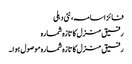
فائز اسامہ، نئی دہلی
رفیق منزل کا تازہ شمارہ
رفیق منزل کا تازہ شمارہ موصول ہوا۔